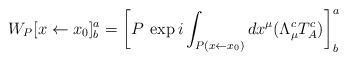
LaTeX: \begin{align*}W_P [x\leftarrow x_0]^a_b = \left[ P \: \exp i \int_{P( x\leftarrow x_0)} dx^\mu ( \Lambda_\mu^c T_A^c ) \right]^a_b \end{align*}